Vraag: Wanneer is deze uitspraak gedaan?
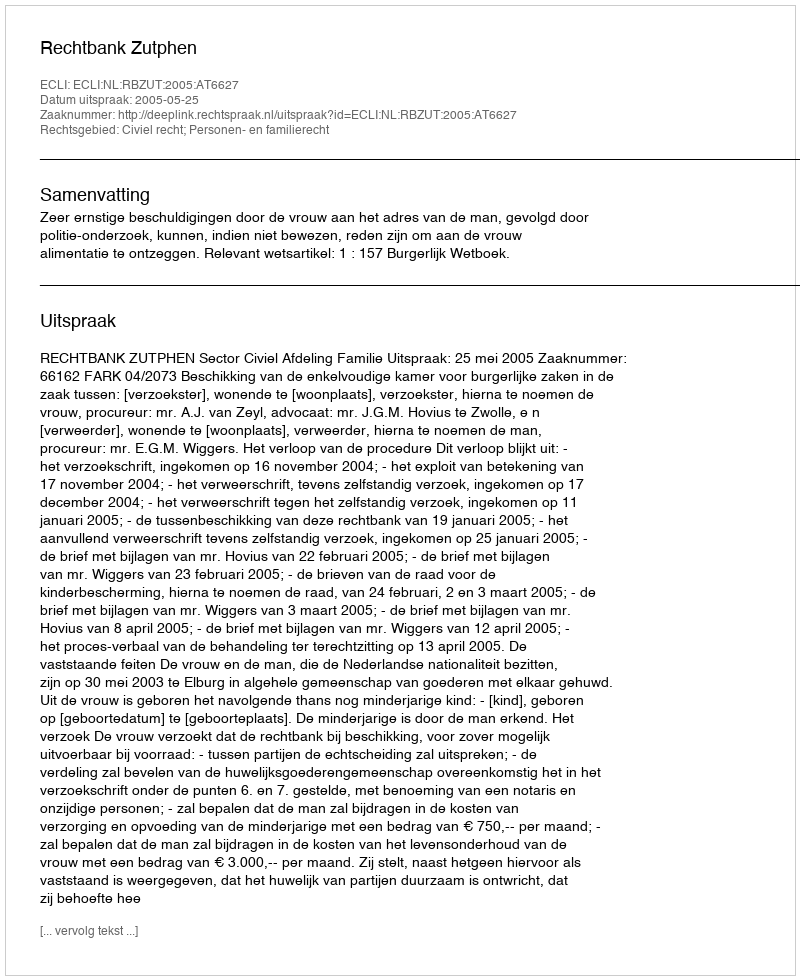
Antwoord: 2005-05-25